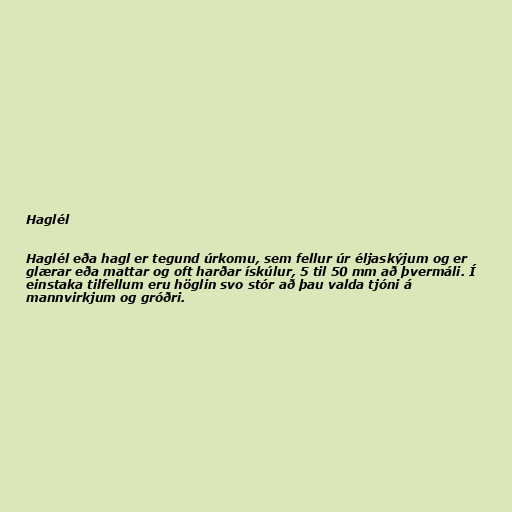
Haglél

Haglél eða hagl er tegund úrkomu, sem fellur úr éljaskýjum og er
glærar eða mattar og oft harðar ískúlur, 5 til 50 mm að þvermáli. Í
einstaka tilfellum eru höglin svo stór að þau valda tjóni á
mannvirkjum og gróðri.